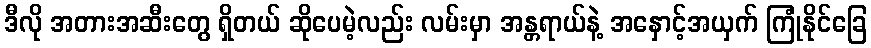
ဒီလို အတားအဆီးတွေ ရှိတယ် ဆိုပေမဲ့လည်း လမ်းမှာ အန္တရာယ်နဲ့ အနှောင့်အယှက် ကြုံနိုင်ခြေ